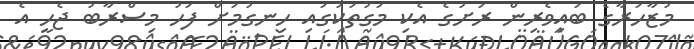
މުޒާހަރާގެ ބައިވެރިން ރަށުގެ އެކި މަގުތަކުގައި ހިނގުމަށް ފަހު މިސްރާބު ޖެހީ އެ